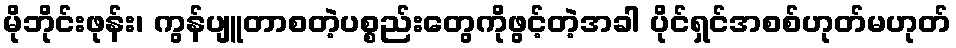
မိုဘိုင်းဖုန်း၊ ကွန်ပျူတာစတဲ့ပစ္စည်းတွေကိုဖွင့်တဲ့အခါ ပိုင်ရှင်အစစ်ဟုတ်မဟုတ်